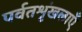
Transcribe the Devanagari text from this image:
पर्वतशृंखलाएँ